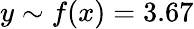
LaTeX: y\sim f(x)=3.67